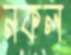
নকল